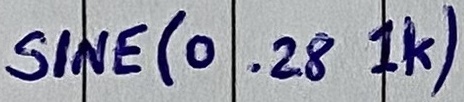
Text: SINE(0 .28 1K)